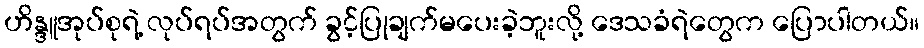
ဟိန္ဒူအုပ်စုရဲ့ လုပ်ရပ်အတွက် ခွင့်ပြုချက်မပေးခဲ့ဘူးလို့ ဒေသခံရဲတွေက ပြောပါတယ်။